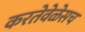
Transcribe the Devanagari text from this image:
करतेवेळेसच